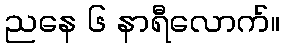
ညနေ ၆ နာရီလောက်။